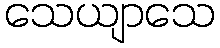
သေယျာသေ